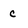
Character: c